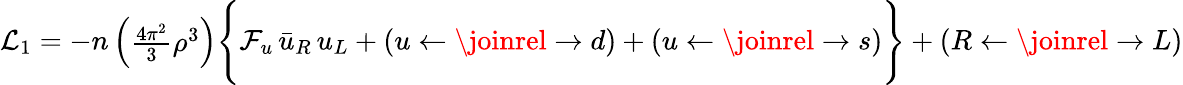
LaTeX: {\cal L}_{1}=-n\left(\begin{array}{c}{{{\frac{4\pi{}^{2}}{3}}{\rho^{3}}}}\end{array}\right)\Bigg\{ {\cal F}_{u}\, \bar{u}_{R}\, u_{L}+(u\leftarrow\joinrel\rightarrow d)+(u\leftarrow\joinrel\rightarrow s)\Bigg\} +(R\leftarrow\joinrel\rightarrow L)